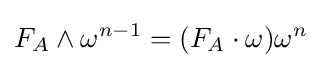
F_{A}\wedge \omega ^{n-1}=(F_{A}\cdot \omega )\omega ^{n}